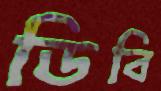
ডিবি